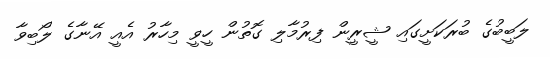
ލަބީބުގެ ބުރަކަށީގައި ޝީރީން ފިރުމާލި ގޮތުން ހީވީ މިހާރު އެއީ އޭނާގެ ލޯބިވާ